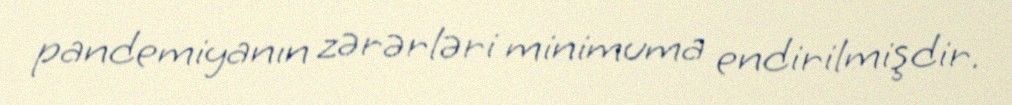
pandemiyanın zərərləri minimuma endirilmişdir.